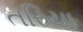
તરિયા